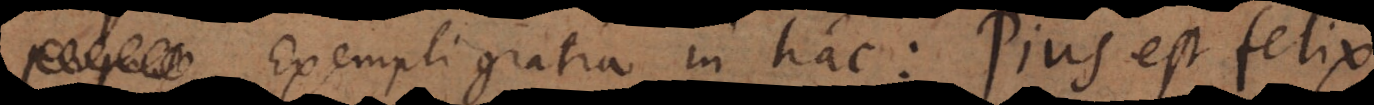
Exempli gratia in hac: Pius est felix,